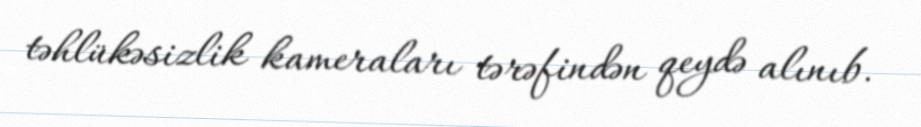
təhlükəsizlik kameraları tərəfindən qeydə alınıb.